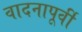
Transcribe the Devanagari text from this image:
वादनापूर्वी